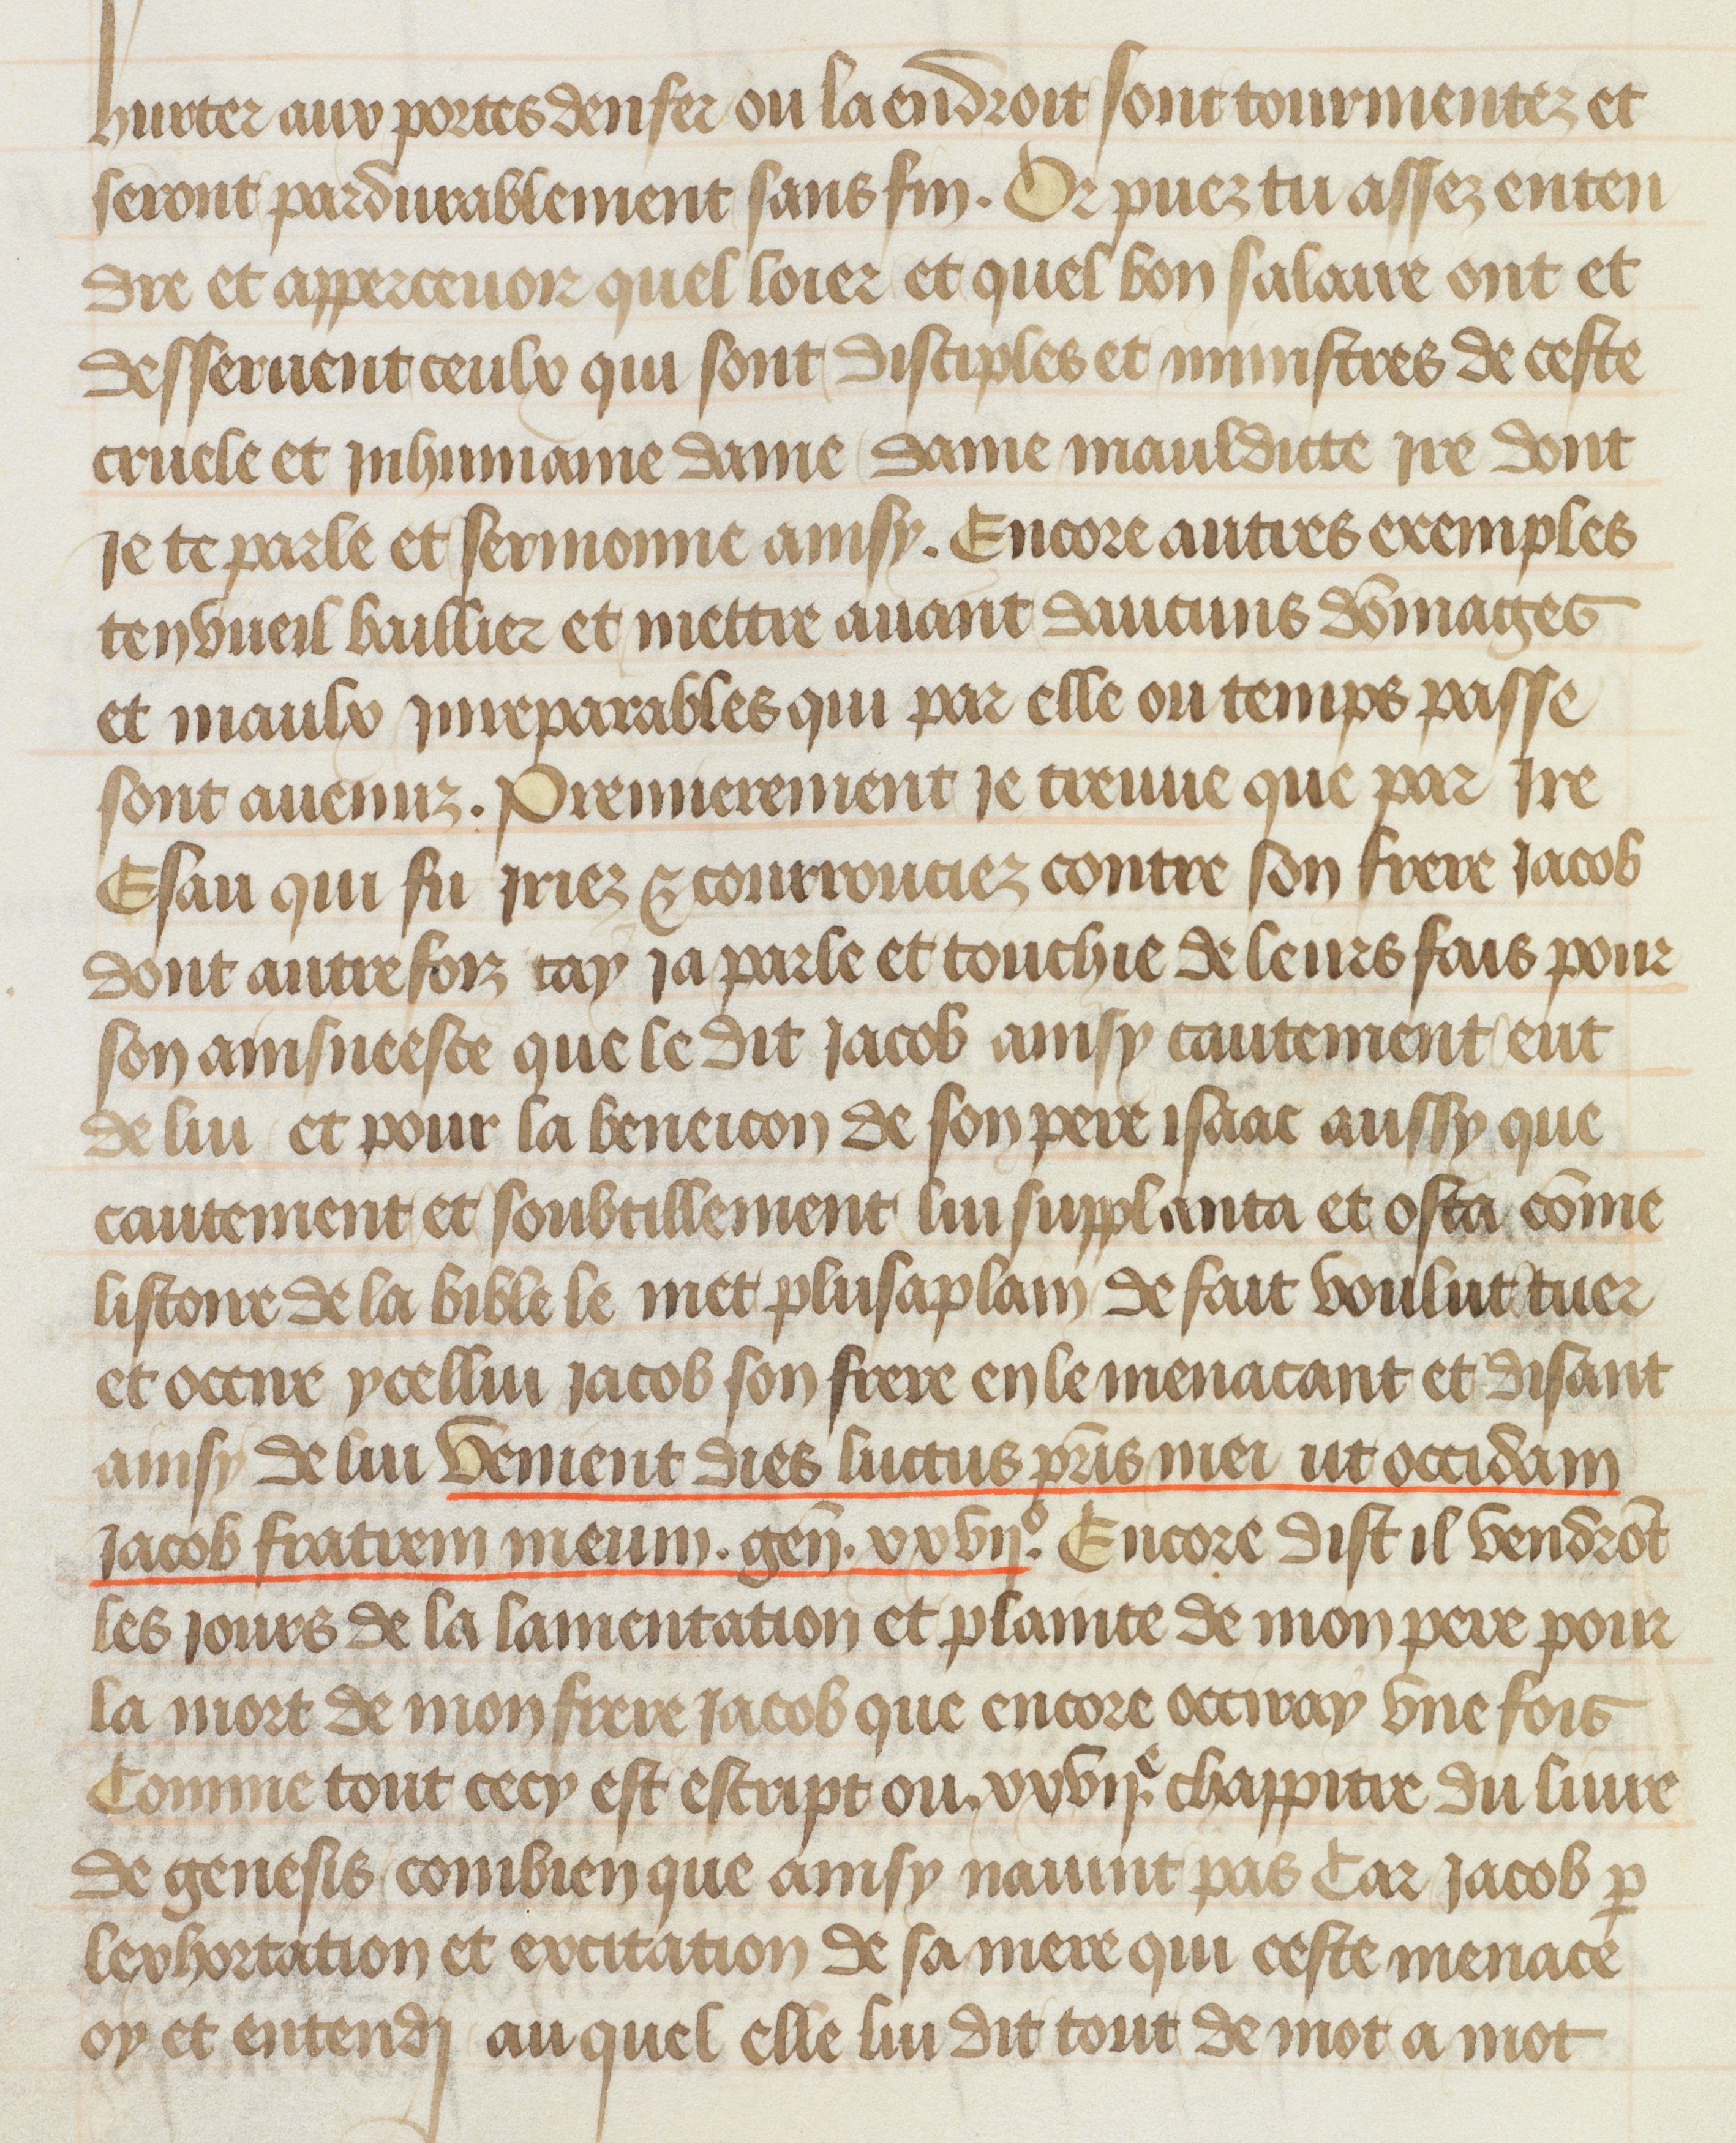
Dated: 1412–1415